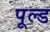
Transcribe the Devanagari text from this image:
पूल्ड